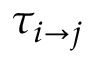
\tau _ { i \to j }